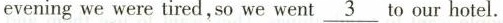
evening we were tired,so we went\underline{3}to our hotel.